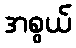
အစွယ်